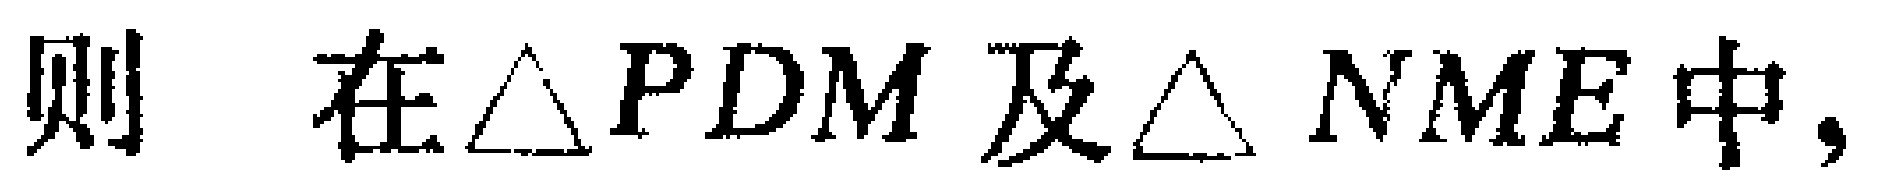
则\(\ 在\triangle PDM\ 及\triangle NME\ 中,\)